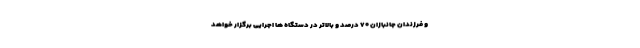
و فرزندان جانبازان ۷۰ درصد و بالاتر در دستگاه ها اجرایی برگزار خواهد